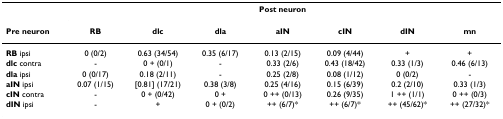
<table><thead><tr><td></td><td colspan="7"><b>Post neuron</b></td></tr><tr><td><b>Pre neuron</b></td><td><b>RB</b></td><td><b>dlc</b></td><td><b>dla</b></td><td><b>aIN</b></td><td><b>cIN</b></td><td><b>dIN</b></td><td><b>mn</b></td></tr></thead><tbody><tr><td><b>RB </b>ipsi</td><td>0 (0/2)</td><td>0.63 (34/54)</td><td>0.35 (6/17)</td><td>0.13 (2/15)</td><td>0.09 (4/44)</td><td>+</td><td>+</td></tr><tr><td><b>dlc </b>contra</td><td>-</td><td>0 + (0/1)</td><td>-</td><td>0.33 (2/6)</td><td>0.43 (18/42)</td><td>0.33 (1/3)</td><td>0.46 (6/13)</td></tr><tr><td><b>dla </b>ipsi</td><td>0 (0/17)</td><td>0.18 (2/11)</td><td>-</td><td>0.25 (2/8)</td><td>0.08 (1/12)</td><td>0 (0/2)</td><td>-</td></tr><tr><td><b>aIN </b>ipsi</td><td>0.07 (1/15)</td><td>[0.81] (17/21)</td><td>0.38 (3/8)</td><td>0.25 (4/16)</td><td>0.15 (6/39)</td><td>0.2 (2/10)</td><td>0.33 (1/3)</td></tr><tr><td><b>cIN </b>contra</td><td>-</td><td>0 + (0/42)</td><td>0 +</td><td>0 ++ (0/13)</td><td>0.26 (9/35)</td><td>1 ++ (1/1)</td><td>0 ++ (0/3)</td></tr><tr><td><b>dIN </b>ipsi</td><td>-</td><td>+</td><td>0 + (0/2)</td><td>++ (6/7)*</td><td>++ (6/7)*</td><td>++ (45/62)*</td><td>++ (27/32)*</td></tr></tbody></table>